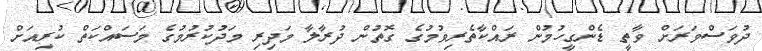
ދުވަސްވަރަށް ވާތީ ޑެންގީހުމުން ރައްކާތެރިވުމުގެ ގޮތުން ދުރާލާ މަދިރި މަދުކުރުމުގެ މަސައްކަތް ކުރިއަށް